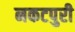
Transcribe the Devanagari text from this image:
नकटपुरी